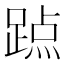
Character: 𨃊